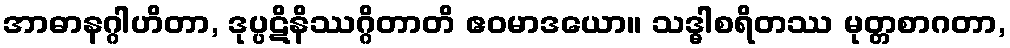
အာဓာနဂ္ဂါဟိတာ, ဒုပ္ပဋိနိဿဂ္ဂိတာတိ ဧဝမာဒယော။ သဒ္ဓါစရိတဿ မုတ္တစာဂတာ,